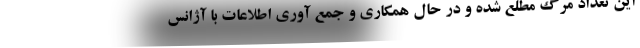
این تعداد مرگ مطلع شده و در حال همکاری و جمع آوری اطلاعات با آژانس